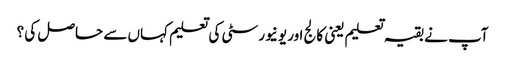
آپ نے بقیہ تعلیم یعنی کالج اور یونیورسٹی کی تعلیم کہاں سے حاصل کی ؟